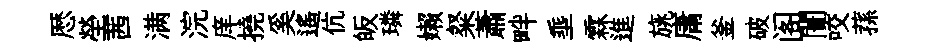
厯塋茜满浣庠撓奚遙伉皈璘嬾粲蕭畔埀霖進旐庸釜破阁闠咬蓀